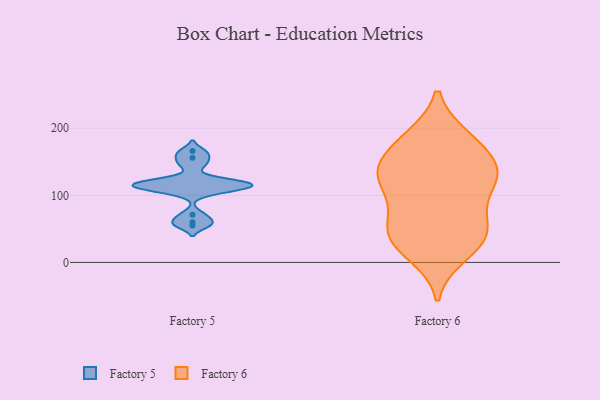
{"axis": {"x": "Energy Usage (MWh)", "y": "Value"}, "legend": ["Factory 5", "Factory 6"], "data": [{"x": "", "y": 166, "type": "Factory 5"}, {"x": "", "y": 106, "type": "Factory 5"}, {"x": "", "y": 116, "type": "Factory 5"}, {"x": "", "y": 117, "type": "Factory 5"}, {"x": "", "y": 55, "type": "Factory 5"}, {"x": "", "y": 156, "type": "Factory 5"}, {"x": "", "y": 71, "type": "Factory 5"}, {"x": "", "y": 123, "type": "Factory 5"}, {"x": "", "y": 119, "type": "Factory 5"}, {"x": "", "y": 107, "type": "Factory 5"}, {"x": "", "y": 113, "type": "Factory 5"}, {"x": "", "y": 115, "type": "Factory 5"}, {"x": "", "y": 60, "type": "Factory 5"}, {"x": "", "y": 145, "type": "Factory 5"}, {"x": "", "y": 179, "type": "Factory 6"}, {"x": "", "y": 152, "type": "Factory 6"}, {"x": "", "y": 57, "type": "Factory 6"}, {"x": "", "y": 186, "type": "Factory 6"}, {"x": "", "y": 185, "type": "Factory 6"}, {"x": "", "y": 137, "type": "Factory 6"}, {"x": "", "y": 137, "type": "Factory 6"}, {"x": "", "y": 123, "type": "Factory 6"}, {"x": "", "y": 54, "type": "Factory 6"}, {"x": "", "y": 12, "type": "Factory 6"}, {"x": "", "y": 100, "type": "Factory 6"}, {"x": "", "y": 23, "type": "Factory 6"}, {"x": "", "y": 55, "type": "Factory 6"}, {"x": "", "y": 129, "type": "Factory 6"}, {"x": "", "y": 35, "type": "Factory 6"}, {"x": "", "y": 38, "type": "Factory 6"}, {"x": "", "y": 137, "type": "Factory 6"}, {"x": "", "y": 104, "type": "Factory 6"}]}